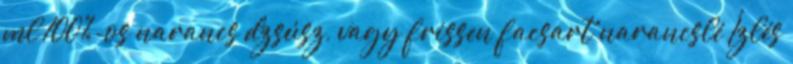
ml 100%-os narancs dzsúsz, vagy frissen facsart narancslé Ízlés